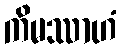
ကိမဿာဟံ